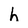
Character: h